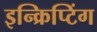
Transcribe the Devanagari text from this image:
इन्क्रिप्टिंग